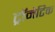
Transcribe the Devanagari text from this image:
ट्रॉमेटिक